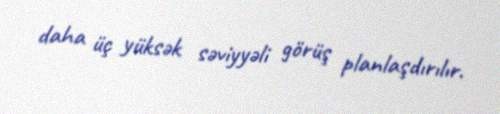
daha üç yüksək səviyyəli görüş planlaşdırılır.